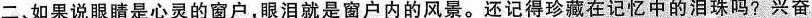
二、如果说眼睛是心灵的窗户，眼泪就是窗户内的风景。还记得珍藏在记忆中的泪珠吗？兴奋